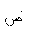
Letter: _dad